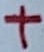
Text: +